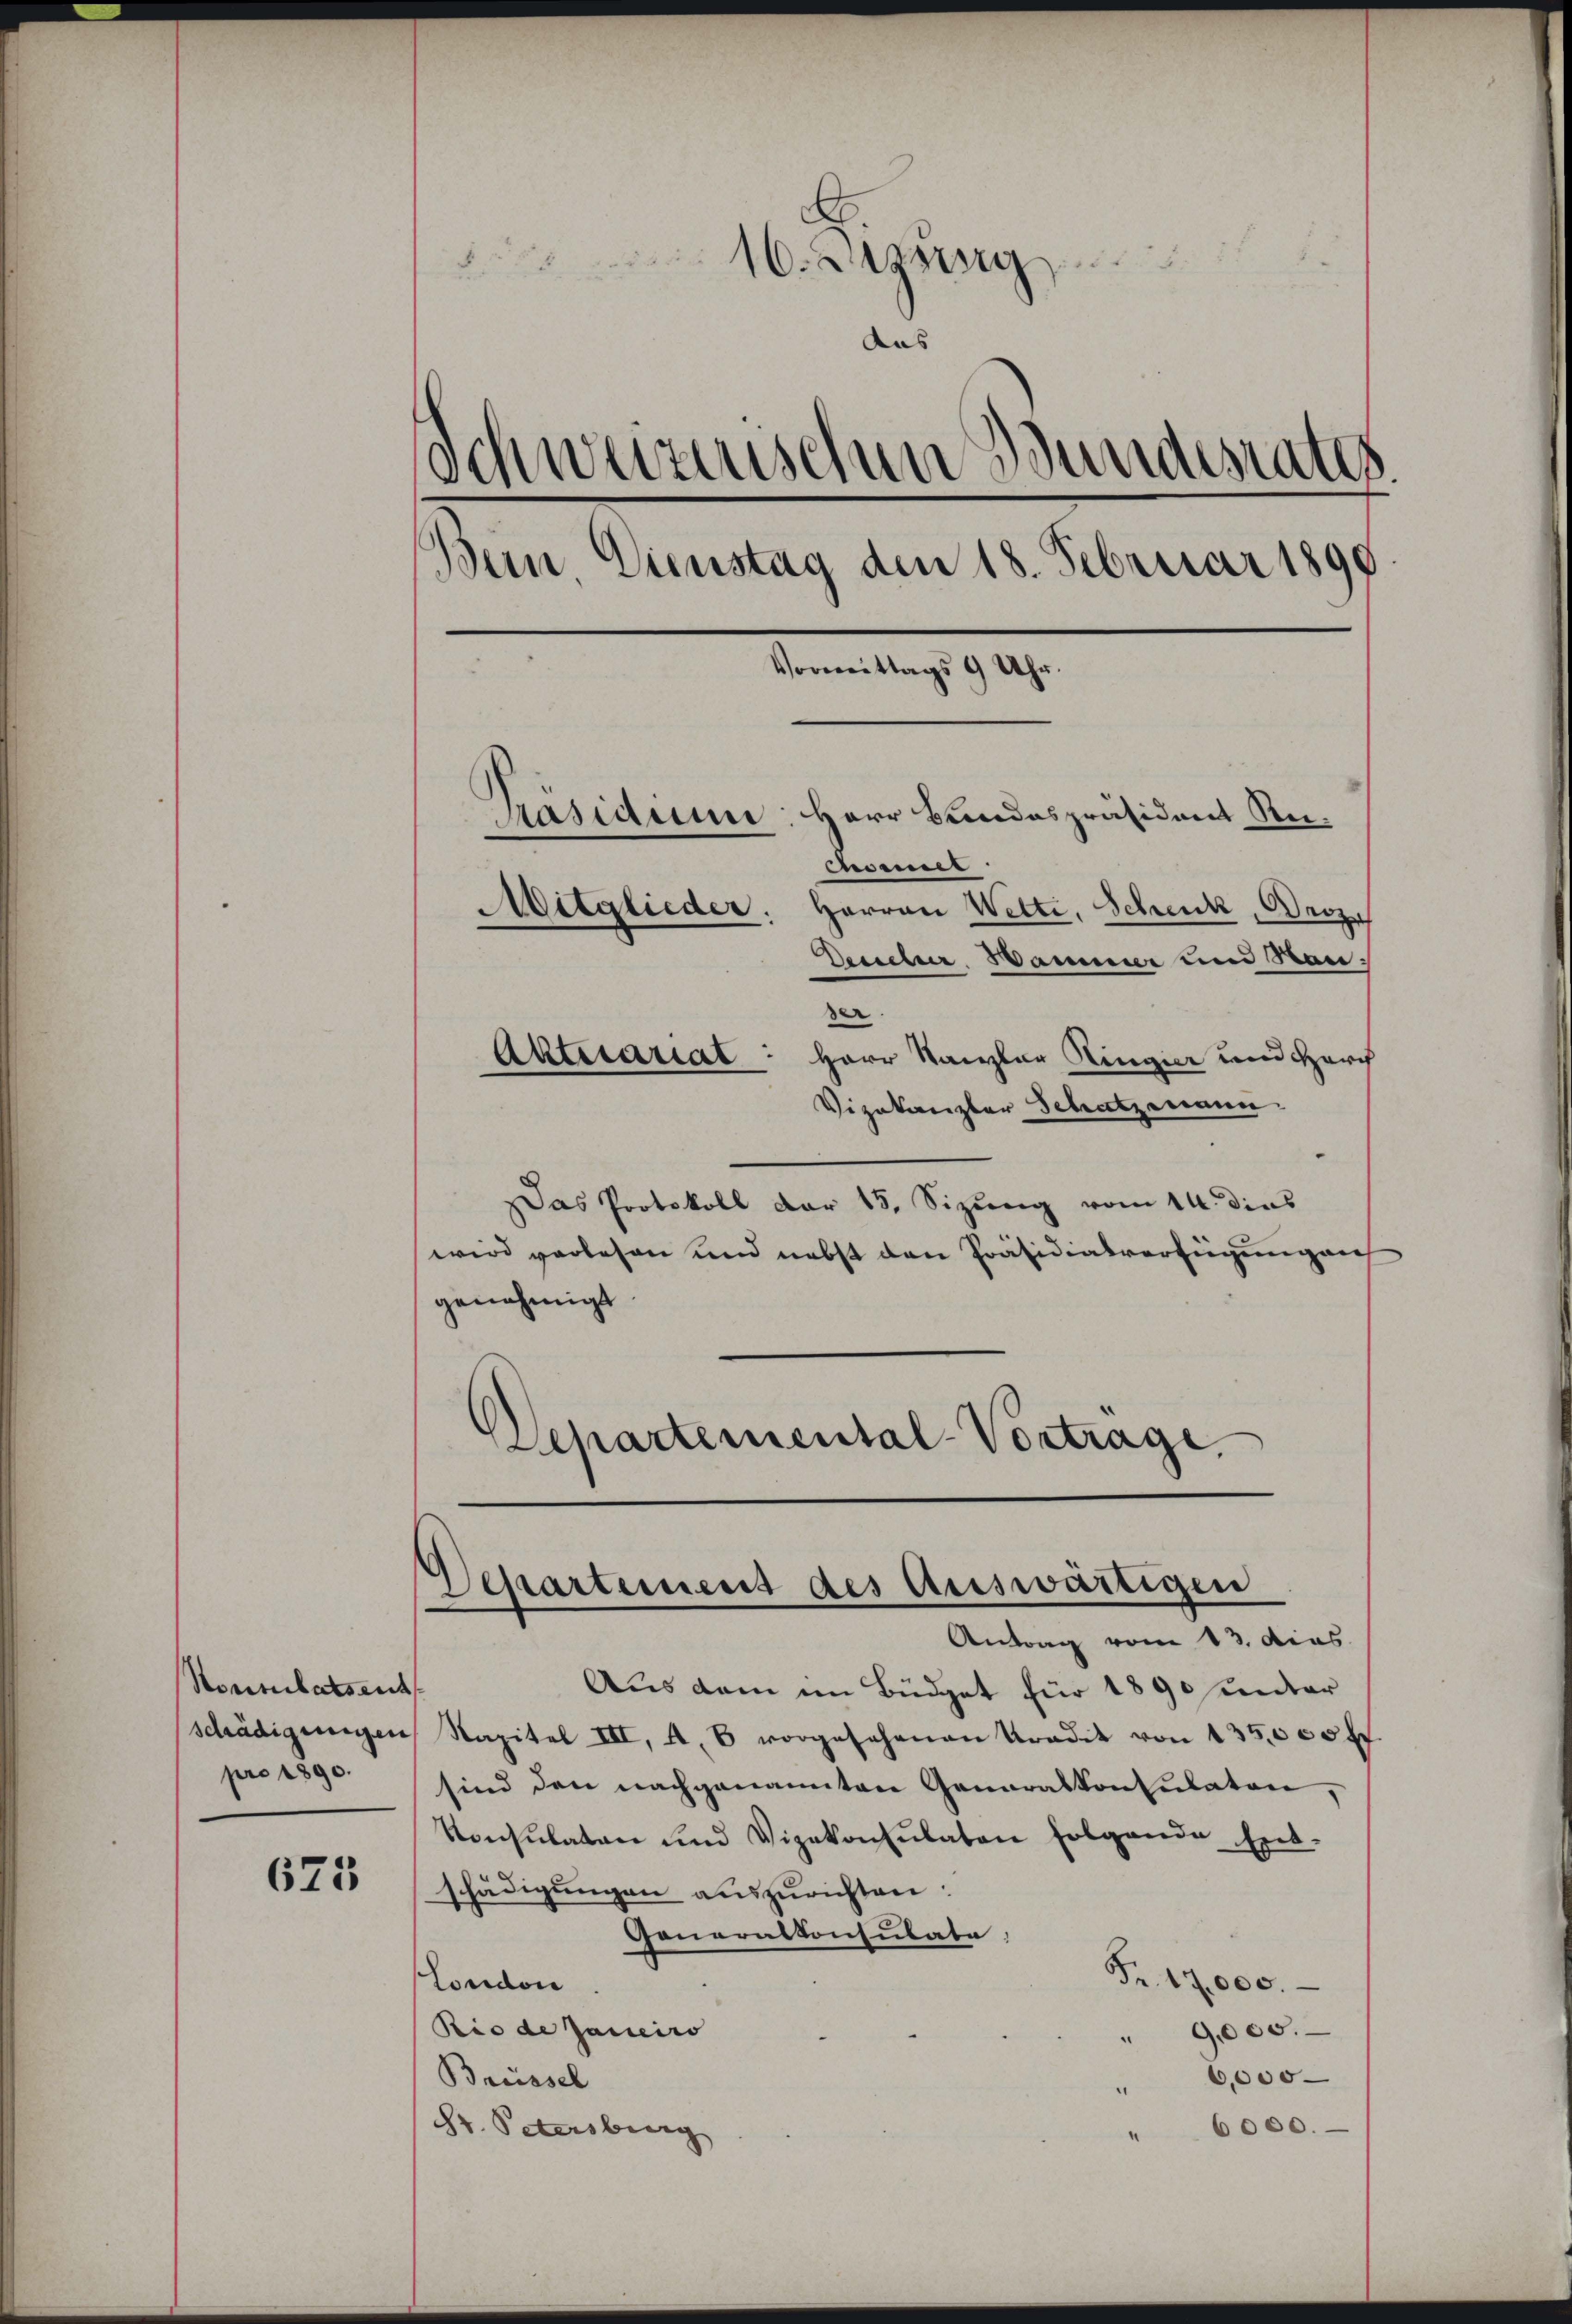
Routilatseit
schädigungen
pro 1890.

625

x
16.gŭng
das
Schweizerischen Bundesrates
Bern, Dienstag den 18. Februar 1890
Vormittags 9 Uhr.
Sasidume: Herr Bundespräsident Rei¬
Ensamer
Mitglieder. Herren Wette, Schenk, Droz.
Desscher. Hammer und Rauder
Aktesariat: Herr Kanzler Ringier und durch

Vizekanzler Schatzmann.
Das Protokoll der 15. Sizung vom 14. dies
wird verlesen und nebst den Präsidialverfügung au
genehmigt
Departemental-Vortrage.

Separtement des auswärtigen
Antrag vom 13. dies

Aus dem ein Büdget für 1890 unter
Kapital III, a. 8 vorgesehenen Tradit von 135,000 ff
sind den nachgenannten Generalkonsulaten,
Konsulaten und Vizekonsulaten folgende Ent-
schädigungen auszurichten.
Generalkonsulate
Fr. 17,000.
London
Rio de Janeiro
" 9000.
6,000
Breissel
St. Petersburg
6000.